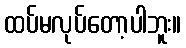
ထပ်မလုပ်တော့ပါဘူး။